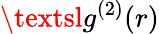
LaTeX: {\textsl{g}^{(2)}}(r)